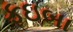
ફઇબા